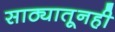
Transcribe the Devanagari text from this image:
साठ्यातूनही